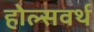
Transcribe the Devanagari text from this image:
होल्सवर्थ